Civil Veterinary Department. United Provinces 1923-31 - 1923-1931
Year: 1923
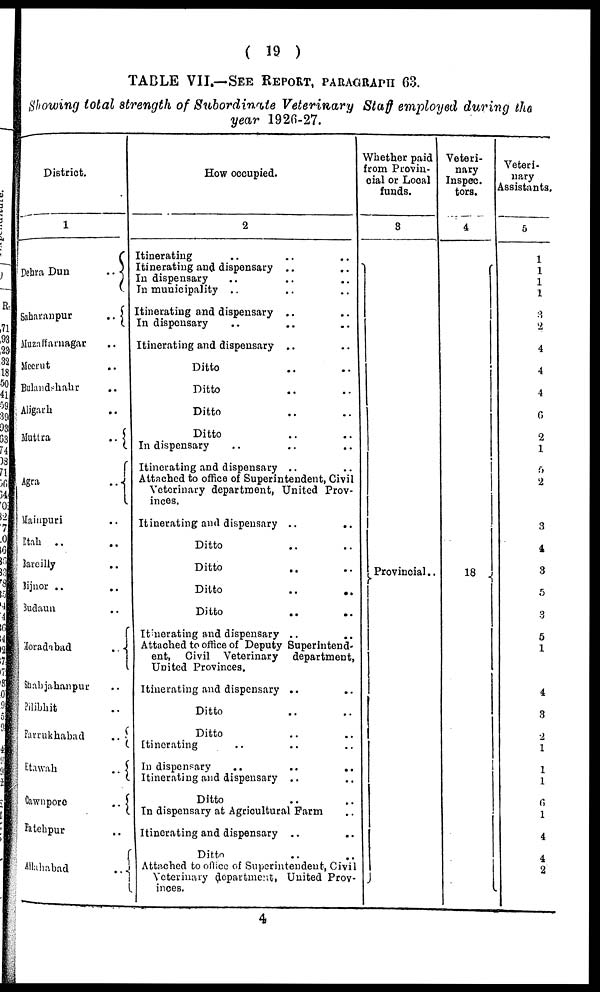
( 19 )
TABLE VII.—SEE REPORT, PARAGRAPH 63.
Showing total strength of Subordinate Veterinary Staff employed during the
year 1926-27.
District.
1
Dehra Dun
..
Saharanpur
..
Muzaffarnagar ..
Meerut
..
Bulandshahr ..
Aligrarh ..
Muttra
..
Agra
..
Mainpuri ..
Etah .. ..
Bareilly ..
Bijnor ..
..
Budaun ..
Moradabad
..
Shahjahanpur ..
Pilibhit ..
Farrukhabad
..
Etawah
..
Cawnpore
..
Fatehpur
..
Allahabad
..
How occupied.
2
Itinerating .. .. ..
Itinerating and dispensary ..
..
In dispensary .. .. ..
In municipality .. .. ..
Itinerating and dispensary .. ..
In dispensary .. ..
Itinerating and dispensary .. .. ..
Ditto .. ..
Ditto .. ..
Ditto .. ..
Ditto .. ..
In dispensary .. .. ..
Itinerating and dispensary .. ..
Attached to office of Superintendent, Civil
Veterinary department, United Prov-
inces.
Itinerating and dispensary ..
..
Ditto .. ..
Ditto .. ..
Ditto
..
..
Ditto
..
..
Itinerating and dispensary .. ..
Attached to office of Deputy Superintend.
ent, Civil Veterinary
department,
United Provinces.
Itinerating and dispensary .. ..
Ditto .. ..
Ditto .. ..
Itinerating .. .. ..
In dispensary .. .. ..
Itinerating and dispensary .. ..
Ditto .. ..
In dispensary at Agricultural Farm ..
Itinerating and dispensary .. ..
Ditto ..
Attached to office of Superintendent, Civil
Veterinary department, United Prov-
inces.
Whether paid
from Provin-
cial or Local
funds.
3
Provincial ..
Veteri-
nary
Inspec.
tors.
4
18
Veteri-
nary
Assistants.
5
1
1
1
1
2
4
4
4
6
2
1
5
2
3
1
3
5
3
5
1
4
8
2
1
1
1
6
1
4
4
2
4